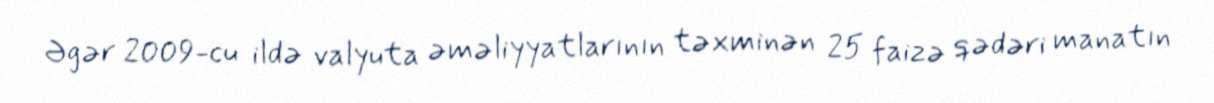
Əgər 2009-cu ildə valyuta əməliyyatlarının təxminən 25 faizə qədəri manatın